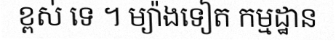
ខ្ពស់ ទេ ។ ម្យ៉ាងទៀត កម្មដ្ឋាន